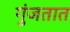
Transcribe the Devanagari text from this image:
गुंजतात